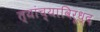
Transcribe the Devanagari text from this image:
त्यांच्याविरूध्द